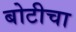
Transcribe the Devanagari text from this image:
बोटीचा